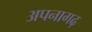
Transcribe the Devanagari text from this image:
अपनागढ़